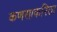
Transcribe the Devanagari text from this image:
कणसाकरिता